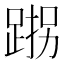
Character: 𮛠